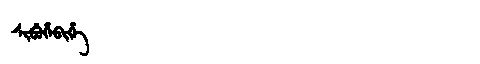
Manchu: ᠰᡳᠪᡠᡥᡝᠪᡳᡥᡝ
Romanization: SIBUHEBIHE